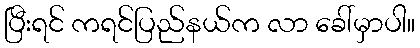
ပြီးရင် ကရင်ပြည်နယ်က လာ ခေါ်မှာပါ။